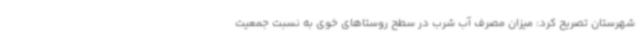
شهرستان تصریح کرد: میزان مصرف آب شرب در سطح روستاهای خوی به نسبت جمعیت